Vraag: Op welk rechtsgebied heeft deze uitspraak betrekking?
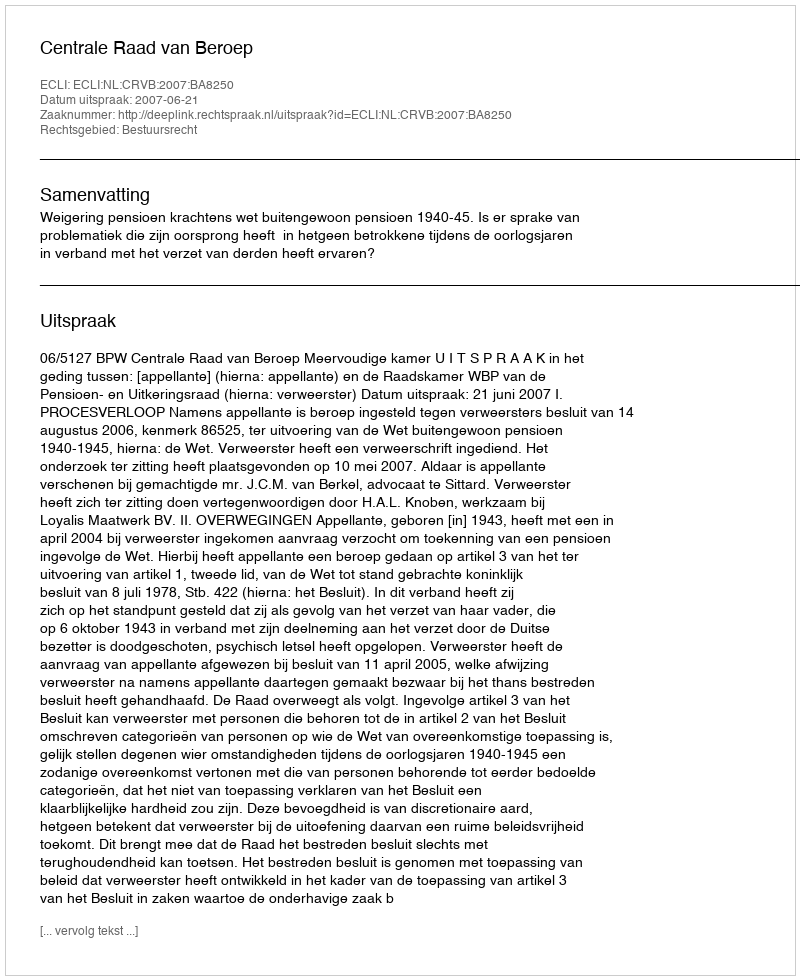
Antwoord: Bestuursrecht